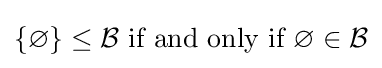
\{\varnothing \}\leq {\mathcal {B}}{\text{ if and only if }}\varnothing \in {\mathcal {B}}